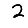
Digit: 2